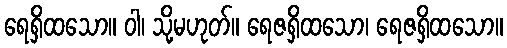
ရေရှိထသော။ ဝါ၊ သို့မဟုတ်။ ရေဇရှိထသော၊ ရေဇရှိထသော။